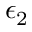
\epsilon _ { 2 }